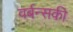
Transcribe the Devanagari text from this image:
वर्बन्सकी